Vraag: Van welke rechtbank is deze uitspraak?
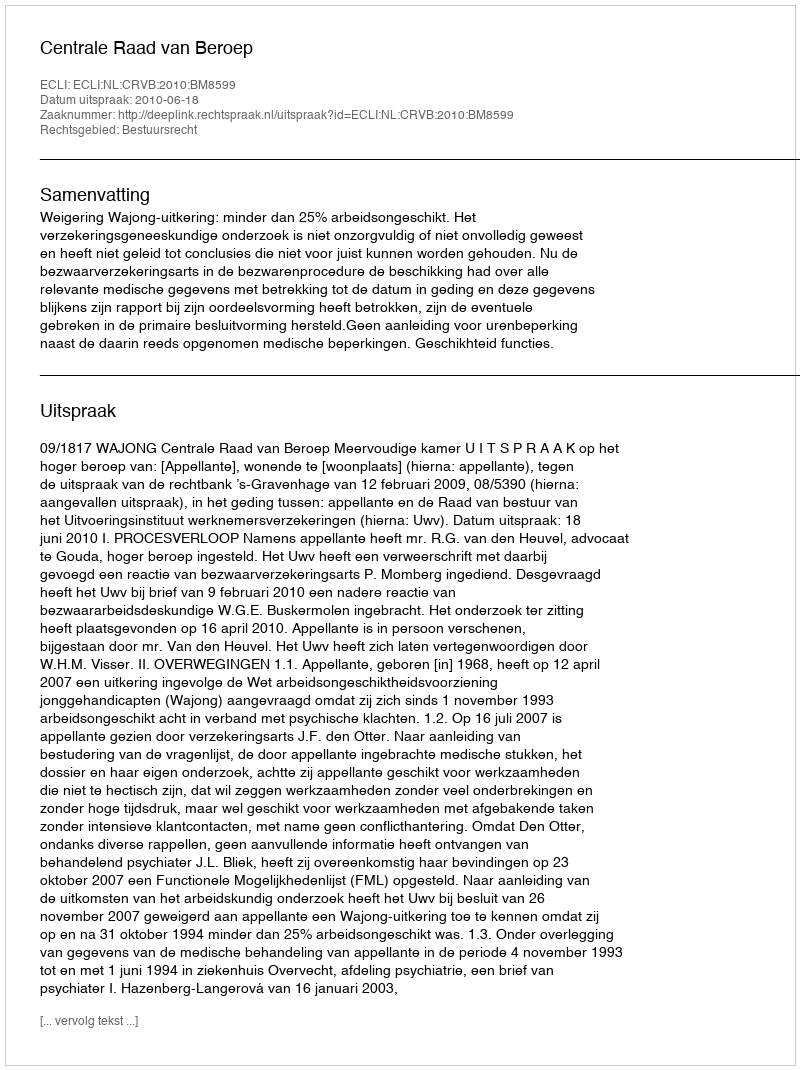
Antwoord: Centrale Raad van Beroep